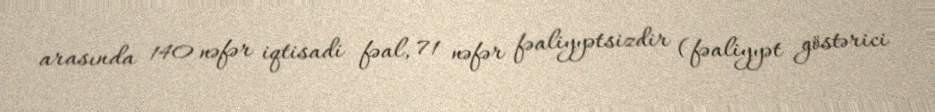
arasında 140 nəfər iqtisadi fəal, 71 nəfər fəaliyyətsizdir (fəaliyyət göstərici